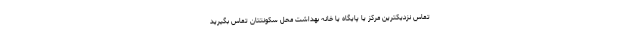
تماس نزدیکترین مرکز یا پایگاه یا خانه بهداشت محل سکونتتان تماس بگیرید